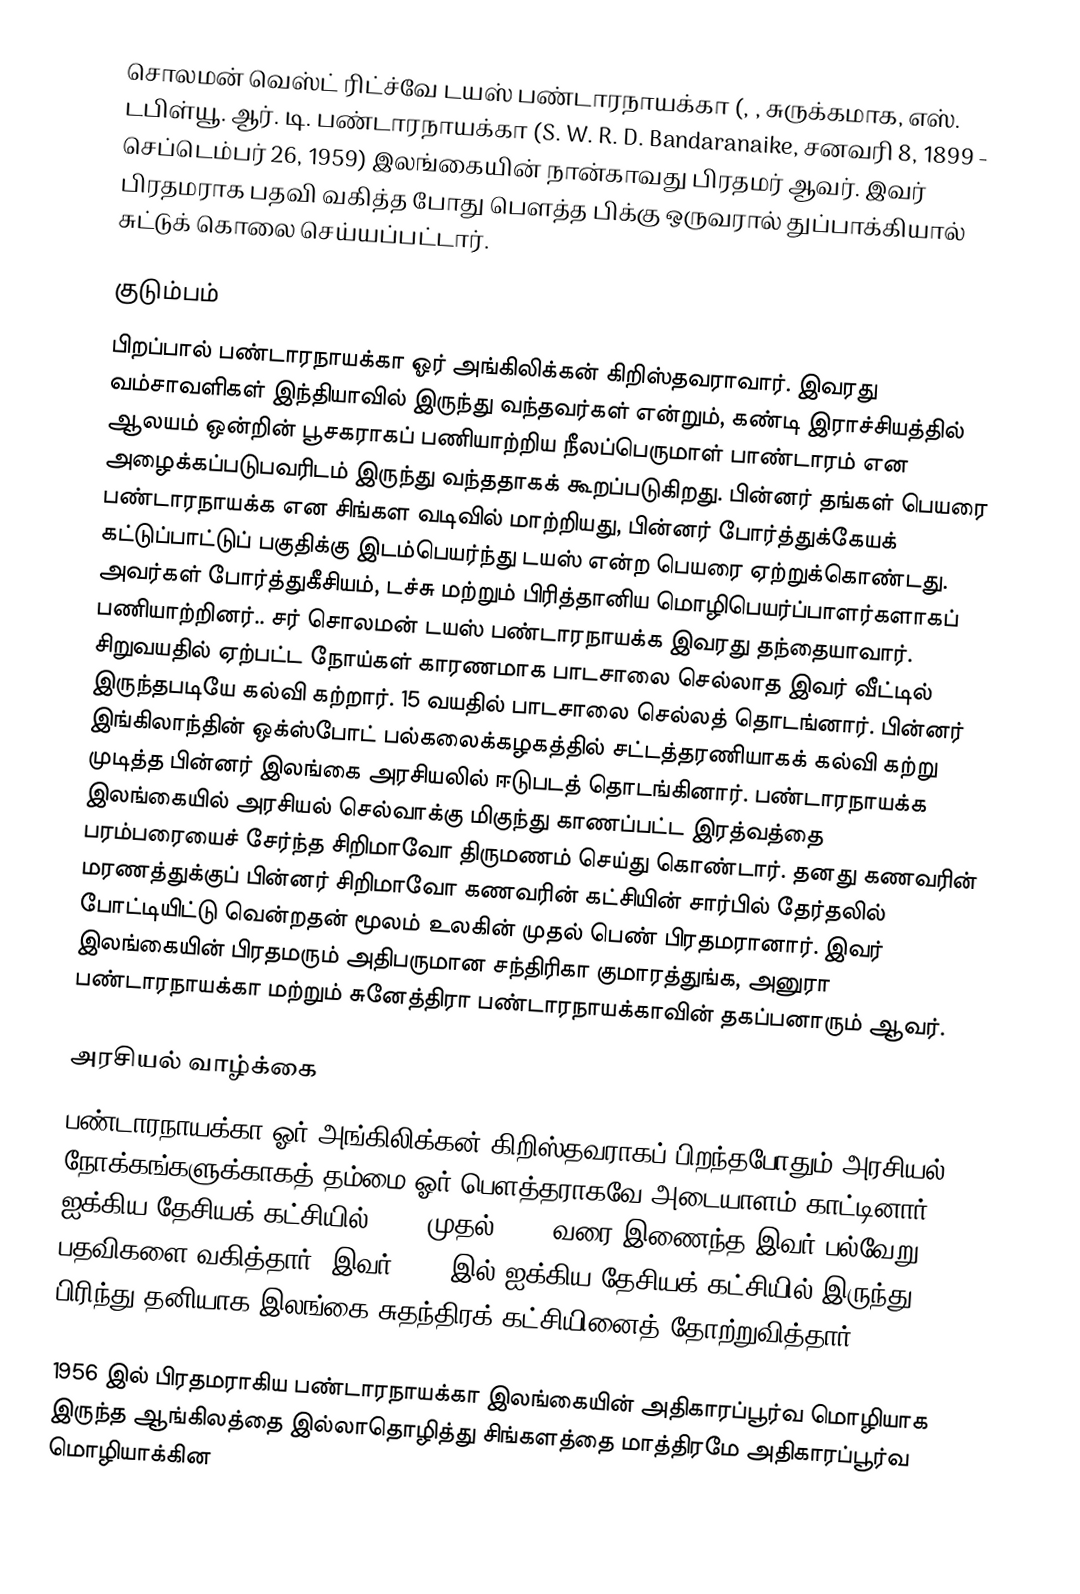
சொலமன் வெஸ்ட் ரிட்ச்வே டயஸ் பண்டாரநாயக்கா (, , சுருக்கமாக, எஸ். டபிள்யூ. ஆர். டி. பண்டாரநாயக்கா (S. W. R. D. Bandaranaike, சனவரி 8, 1899 - செப்டெம்பர் 26, 1959) இலங்கையின் நான்காவது பிரதமர் ஆவர். இவர் பிரதமராக பதவி வகித்த போது பௌத்த பிக்கு ஒருவரால் துப்பாக்கியால் சுட்டுக் கொலை செய்யப்பட்டார்.

குடும்பம்
பிறப்பால் பண்டாரநாயக்கா ஓர் அங்கிலிக்கன் கிறிஸ்தவராவார். இவரது வம்சாவளிகள் இந்தியாவில் இருந்து வந்தவர்கள் என்றும், கண்டி இராச்சியத்தில் ஆலயம் ஒன்றின் பூசகராகப் பணியாற்றிய நீலப்பெருமாள் பாண்டாரம் என அழைக்கப்படுபவரிடம் இருந்து வந்ததாகக் கூறப்படுகிறது. பின்னர் தங்கள் பெயரை பண்டாரநாயக்க என சிங்கள வடிவில் மாற்றியது, பின்னர் போர்த்துக்கேயக் கட்டுப்பாட்டுப் பகுதிக்கு இடம்பெயர்ந்து டயஸ் என்ற பெயரை ஏற்றுக்கொண்டது. அவர்கள் போர்த்துகீசியம், டச்சு மற்றும் பிரித்தானிய மொழிபெயர்ப்பாளர்களாகப் பணியாற்றினர்.. சர் சொலமன் டயஸ் பண்டாரநாயக்க இவரது தந்தையாவார். சிறுவயதில் ஏற்பட்ட நோய்கள் காரணமாக பாடசாலை செல்லாத இவர் வீட்டில் இருந்தபடியே கல்வி கற்றார். 15 வயதில் பாடசாலை செல்லத் தொடங்னார். பின்னர் இங்கிலாந்தின் ஒக்ஸ்போட் பல்கலைக்கழகத்தில் சட்டத்தரணியாகக் கல்வி கற்று முடித்த பின்னர் இலங்கை அரசியலில் ஈடுபடத் தொடங்கினார். பண்டாரநாயக்க இலங்கையில் அரசியல் செல்வாக்கு மிகுந்து காணப்பட்ட இரத்வத்தை பரம்பரையைச் சேர்ந்த சிறிமாவோ திருமணம் செய்து கொண்டார். தனது கணவரின் மரணத்துக்குப் பின்னர் சிறிமாவோ கணவரின் கட்சியின் சார்பில் தேர்தலில் போட்டியிட்டு வென்றதன் மூலம் உலகின் முதல் பெண் பிரதமரானார். இவர் இலங்கையின் பிரதமரும் அதிபருமான சந்திரிகா குமாரத்துங்க, அனுரா பண்டாரநாயக்கா மற்றும் சுனேத்திரா பண்டாரநாயக்காவின் தகப்பனாரும் ஆவர்.

அரசியல்  வாழ்க்கை
பண்டாரநாயக்கா ஓர் அங்கிலிக்கன் கிறிஸ்தவராகப் பிறந்தபோதும் அரசியல் நோக்கங்களுக்காகத் தம்மை ஓர் பௌத்தராகவே அடையாளம் காட்டினார். ஐக்கிய தேசியக் கட்சியில் 1931 முதல் 1951 வரை இணைந்த இவர் பல்வேறு பதவிகளை வகித்தார். இவர் 1951 இல் ஐக்கிய தேசியக் கட்சியில் இருந்து பிரிந்து தனியாக இலங்கை சுதந்திரக் கட்சியினைத் தோற்றுவித்தார்.

1956 இல் பிரதமராகிய பண்டாரநாயக்கா இலங்கையின் அதிகாரப்பூர்வ மொழியாக இருந்த ஆங்கிலத்தை இல்லாதொழித்து சிங்களத்தை மாத்திரமே அதிகாரப்பூர்வ மொழியாக்கின